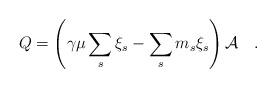
LaTeX: \begin{align*}Q= \left(\gamma \mu \sum_s \xi_s-\sum_s m_s\xi_s\right){\cal A}~~~.\end{align*}